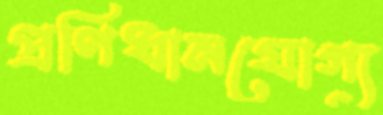
প্রণিধানযোগ্য